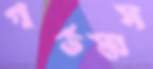
গর্ভমাস